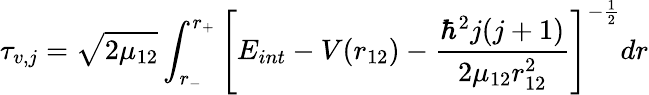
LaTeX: \tau_{v,j}=\sqrt{2\mu_{12}}\int_{r_{-}}^{r_{+}}\left[E_{int}-V(r_{12})-\frac{\hbar^{2}j(j+1)}{2\mu_{12}r_{12}^{2}}\right]^{-\frac{1}{2}}dr